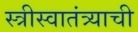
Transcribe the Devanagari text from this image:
स्त्रीस्वातंत्र्याची